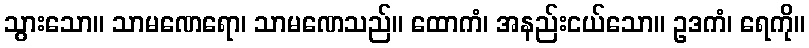
သွားသော။ သာမဏေရော၊ သာမဏေသည်။ ထောကံ၊ အနည်းငယ်သော။ ဥဒကံ၊ ရေကို။